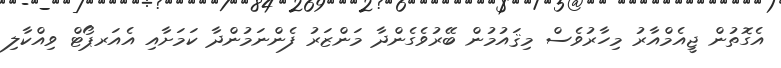
އެގޮތުން ޖީއެމްއާރު މިހާރުވެސް މިޤައުމުން ބޭރުވެގެންދާ މަންޒަރު ފެންނަމުންދާ ކަމަށާއި އެއަރޕޯޓް ވިއްކާލި